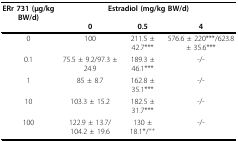
| ERr 731 (μg/kg BW/d) | <COLSPAN=3> Estradiol (mg/kg BW/d) |
 |  | 0 | 0.5 | 4 |
 | --- | --- | --- | --- |
 | 0 | 100 | 211.5 ± 42.7*** | 576.6 ± 220***/623.8 ± 35.6*** |
 | 0.1 | 75.5 ± 9.2/97.3 ± 24.9 | 189.3 ± 46.1*** | -/- |
 | 1 | 85 ± 8.7 | 162.8 ± 35.1*** | -/- |
 | 10 | 103.3 ± 15.2 | 182.5 ± 31.7*** | -/- |
 | 100 | 122.9 ± 13.7/104.2 ± 19.6 | 130 ± 18.1*/++ | -/- |